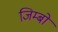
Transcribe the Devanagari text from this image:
जिम्बो